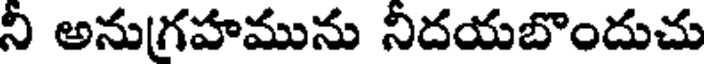
ని అనుగ్రహమును నిదయబొందుచు